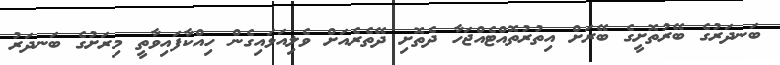
ބަނދަރުގެ ބޭރުތޮށީގެ ބޭރަށް އިތުރުތޮއްޓެއްޖަހާ ދެތޮށި ދޭތެރެއަށް ވެލިއަޅައިގެން ހިއްކާފައިވާތީ މިރަށުގެ ބަނދަރު